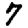
Digit: 7